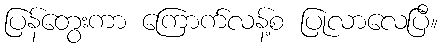
ပြန်တွေးကာ ကြောက်လန့်စ ပြုလာလေပြီ။